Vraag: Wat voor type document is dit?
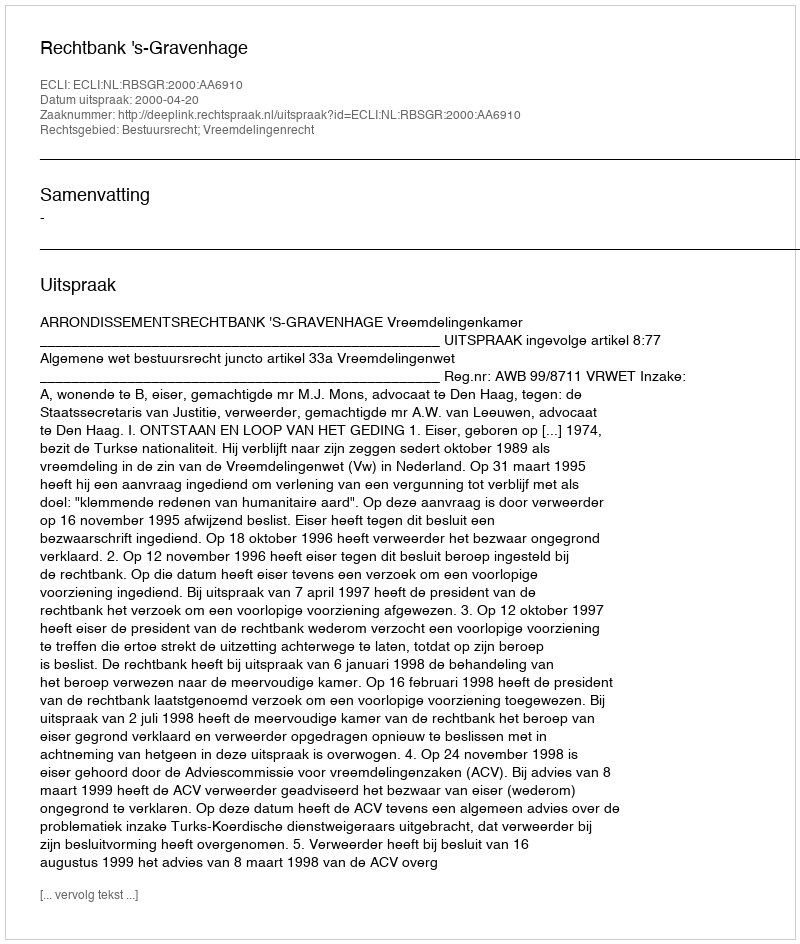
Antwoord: Uitspraak